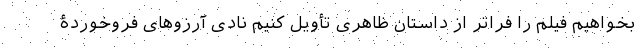
بخواهیم فیلم را فراتر از داستان ظاهری تأویل کنیم نادی آرزوهای فروخوردۀ